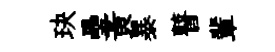
玦壘黃暴瞽輩